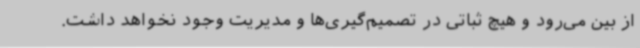
از بین می‌رود و هیچ ثباتی در تصمیم‌گیری‌ها و مدیریت وجود نخواهد داشت.